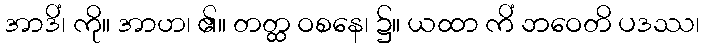
အာဒိံ၊ ကို။ အာဟ၊ ၏။ တတ္ထ ဝစနေ၊ ၌။ ယထာ ကိံ ဘဝေတိ ပဒဿ၊